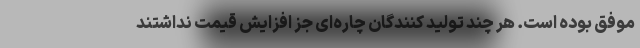
موفق بوده است. هر چند تولید کنندگان چاره‌ای جز افزایش قیمت نداشتند